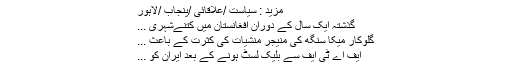
مزید : سیاست /علاقائی /پنجاب /لاہور
گذشتہ ایک سال کے دوران افغانستان میں کتنےشہری ...
گلوکار میکا سنگھ کی منیجر منشیات کی کثرت کے باعث ...
ایف اے ٹی ایف سے بلیک لسٹ ہونے کے بعد ایران کو ...